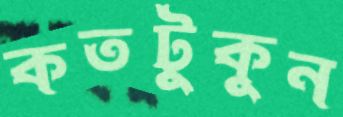
কতটুকুন